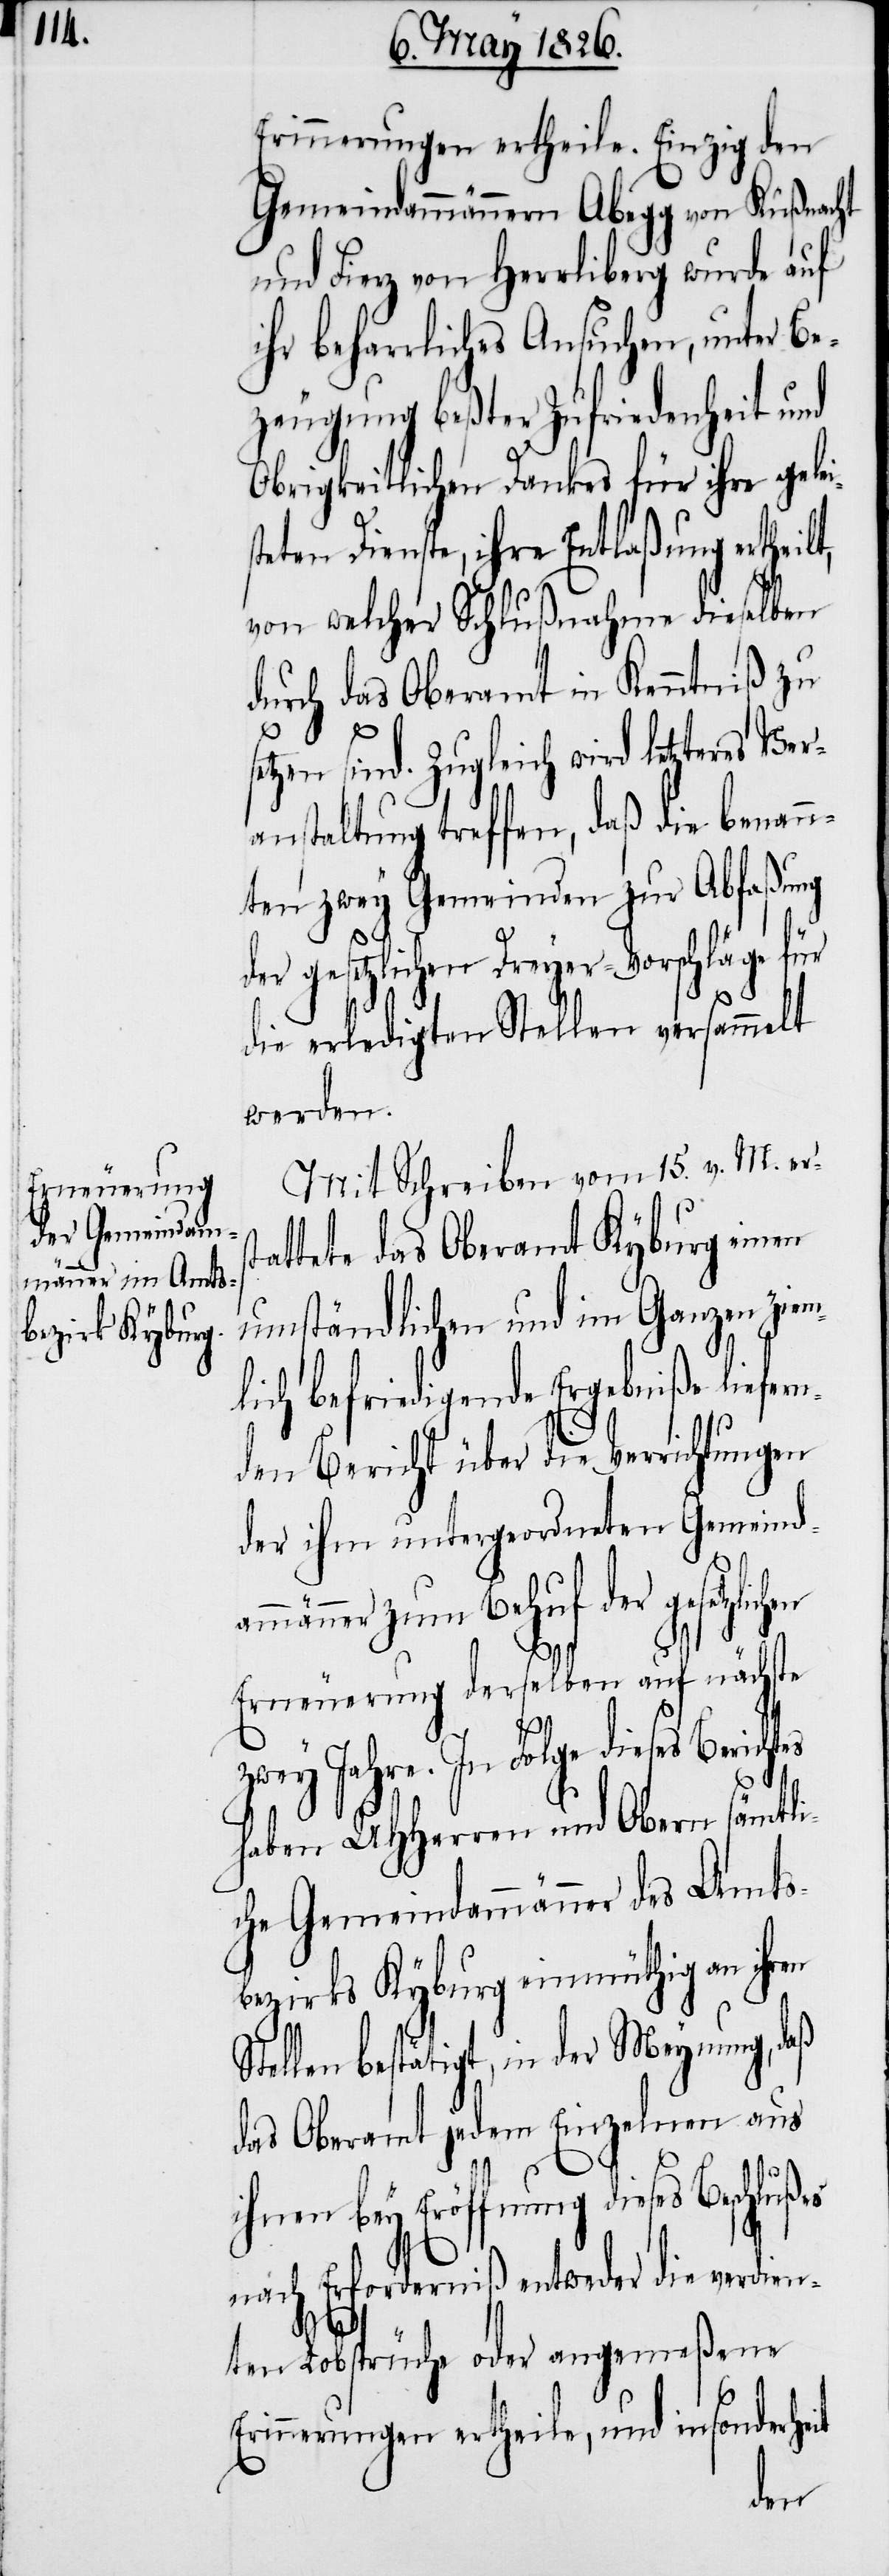
ammä¬

Erinnerungen ertheile. Einzig den
Gemeindammännern Abegg von Küßnacht
und Fierz von Herrliberg wurde auf
ihr beharrliches Ansuchen, unter Be¬
zeugung beßter Zufriedenheit und
Obrigkeitlichen Dankes für ihre gele¬
teten Dienste, ihre Entlaßung ertheil¬
von welcher Schlußnahme dieselben
durch das Oberamt in Kenntniß zu
it
etzen sind. Zugleich wird letzteres Ve¬
anstaltung treffen, daß die benan¬
nten zwey Gemeinden zur Abfaßung
der gesetzlichen Dreyer-Vorschläge für
die erledigten Stellen versammelt
werden.
Mit Schreiben vom 15 v. M. ers¬
tattete das Oberamt Kyburg einen
umständlichen und im Ganzen zie¬
mlich befriedigende Ergebniße liefern¬
den Bericht über die Verrichtungen
der ihm untergeordneten Gemeind¬
nner zum Behuf der gesetzl¬
Erneuerung derselben auf nächste
zwey Jahre. In Folge dieses Bericht¬
haben UHHerren und Obern sämtli¬
che Gemeindammänner des Amts¬
bezirks Kyburg einmüthig an ihren
Stellen bestätigt, in der Meynung, daß
das Oberamt jedem Einzelnen aus
bey Eröffnung dieses
nach Erforderniß entweder die verdien¬
ten Lobsprüche oder angemeßene
Erinnerungen ertheile, und insonderhe¬
hen